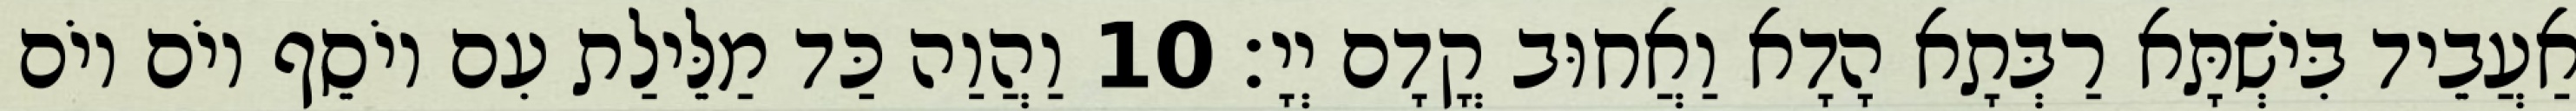
אַעֲבֵיד בִּישְׁתָּא רַבְּתָא הָדָא וַאֲחוּב קֳדָם יְיָ׃ 10 וַהֲוַה כַּד מַלֵּילַת עִם יוֹסֵף יוֹם יוֹם